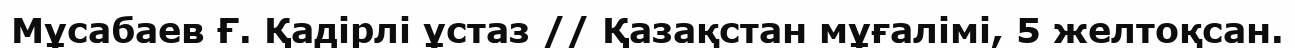
Мұсабаев Ғ. Қадірлі ұстаз // Қазақстан мұғалімі, 5 желтоқсан.